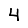
Digit: 4